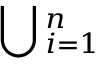
\bigcup { } _ { i = 1 } ^ { n }